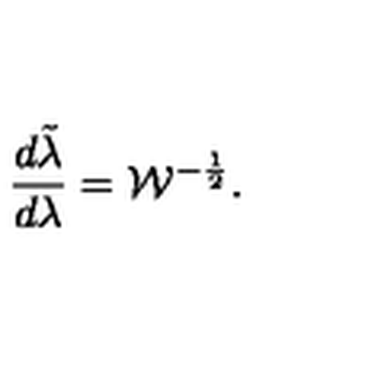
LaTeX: { \frac { d \tilde { \lambda } } { d \lambda } } = { \cal W } ^ { - { \frac { 1 } { 2 } } } .